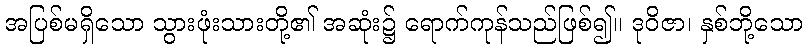
အပြစ်မရှိသော သွားဖုံးသားတို့၏ အဆုံး၌ ရောက်ကုန်သည်ဖြစ်၍။ ဒုဝိဇာ၊ နှစ်ဘို့သော